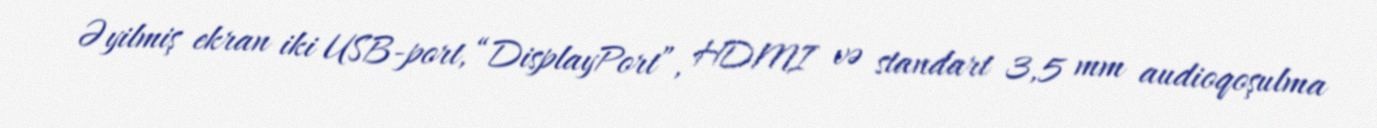
Əyilmiş ekran iki USB-port, “DisplayPort”, HDMI və standart 3,5 mm audioqoşulma